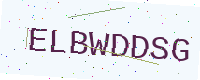
Text: ELBWDDSG